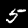
Digit: 5